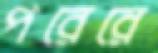
পরেরে